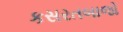
કસરતબાજો